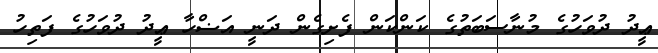
ޢީދު ދުވަހުގެ މުނާސަބަތުގެ ކަންކަން ފެށިގެން ދަނީ އަޟްހާ ޢީދު ދުވަހުގެ ފަތިހު